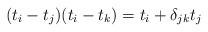
\begin{align*}(t_i - t_j)(t_i - t_k) = t_i + \delta_{jk} t_j\end{align*}